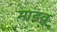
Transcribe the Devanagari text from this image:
माडवू